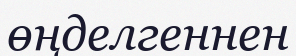
өңделгеннен